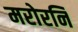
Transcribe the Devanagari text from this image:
मरोरनि